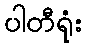
ပါတီရုံး